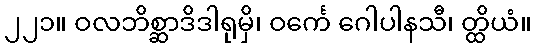
၂၂၁။ ဝလဘိစ္ဆာဒိဒါရုမှိ၊ ဝင်္ကေ ဂေါပါနသီ၊ တ္ထိယံ။